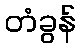
တံခွန်